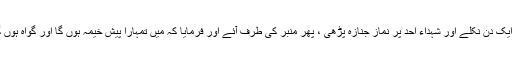
1555: سیدنا عقبہ بن عامرؓ سے روایت ہے کہ رسول اللہﷺ ایک دن نکلے اور شہداء اُحد پر نماز جنازہ پڑھی ، پھر منبر کی طرف آئے اور فرمایا کہ میں تمہارا پیش خیمہ ہوں گا اور گواہ ہوں گا اور اللہ کی قسم میں اس وقت حوضِ کوثر کو دیکھ رہا ہوں۔